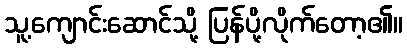
သူ့ကျောင်းဆောင်သို့ ပြန်ပို့လိုက်တော့၏။